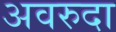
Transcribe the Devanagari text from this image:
अवरुदा